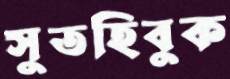
সুতহিবুক